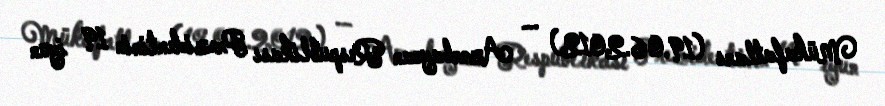
Mükafatları (19.06.2012) — Azərbaycan Respublikası Prezidentinin 19 iyun